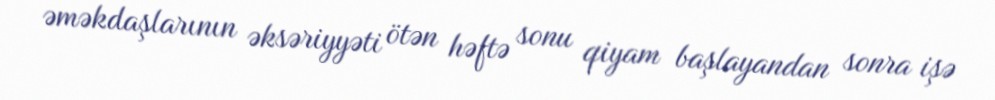
əməkdaşlarının əksəriyyəti ötən həftə sonu qiyam başlayandan sonra işə